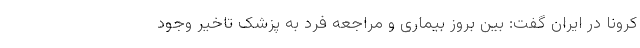
کرونا در ایران گفت: بین بروز بیماری و مراجعه فرد به پزشک تاخیر وجود